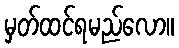
မှတ်ထင်ရမည်လော။